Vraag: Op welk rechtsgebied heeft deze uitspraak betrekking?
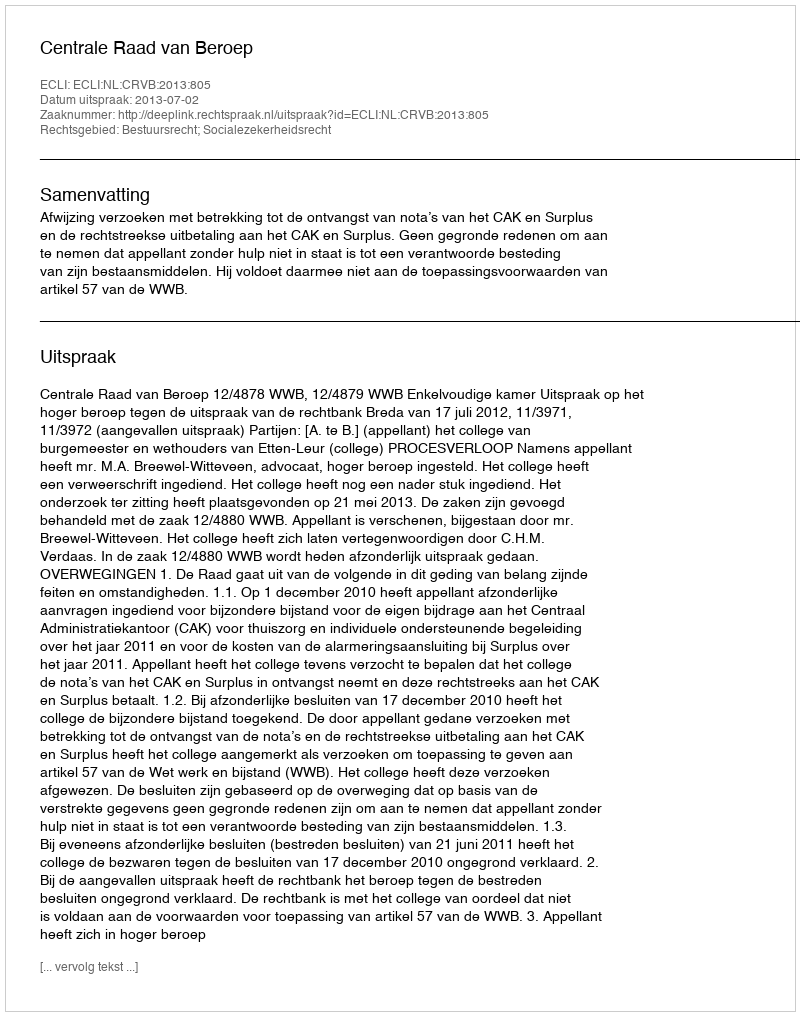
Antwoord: Bestuursrecht; Socialezekerheidsrecht